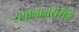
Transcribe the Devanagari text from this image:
सत्तालालसेमुळे